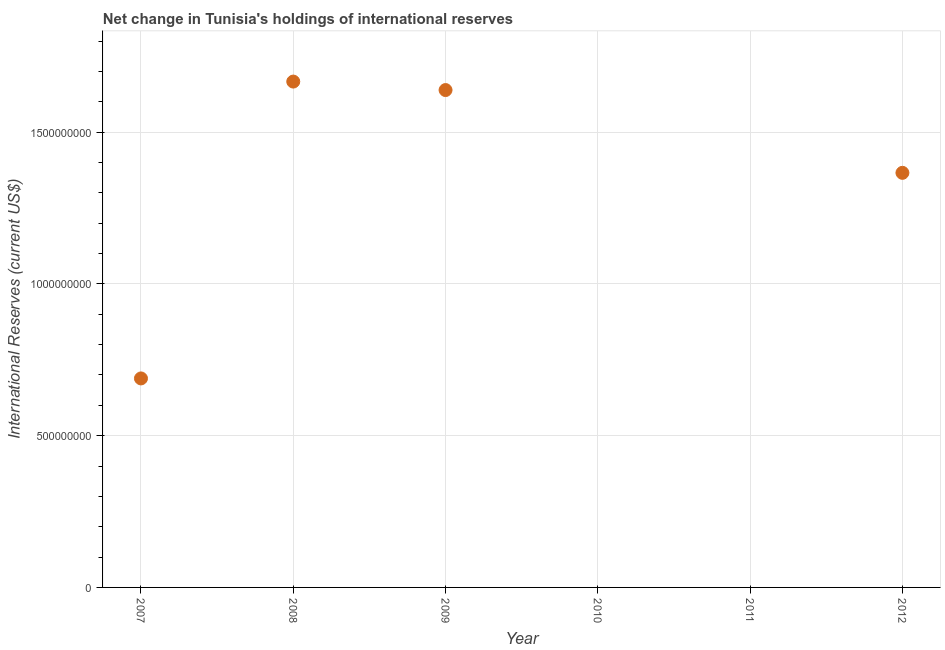
| Year | Reserves and related items |
 | --- | --- |
 | 2007 | 6.89e+08 |
 | 2008 | 1.67e+09 |
 | 2009 | 1.64e+09 |
 | 2010 | -1.7e+08 |
 | 2011 | -1.68e+09 |
 | 2012 | 1.37e+09 |